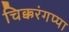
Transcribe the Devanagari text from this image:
चिक्करंगप्पा